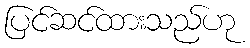
ပြင်ဆင်ထားသည်ဟု